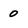
Character: 0